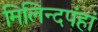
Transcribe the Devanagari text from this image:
मिलिन्दपंहां